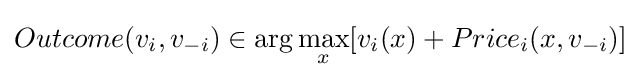
Outcome(v_{i},v_{-i})\in \arg \max _{x}[v_{i}(x)+Price_{i}(x,v_{-i})]